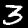
Digit: 3